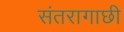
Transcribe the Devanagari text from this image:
संतरागाछी